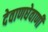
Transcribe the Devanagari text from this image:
देवाणघेवाणी